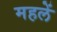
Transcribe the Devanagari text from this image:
महलें